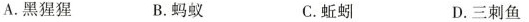
A.黑猩猩 B.蚂蚁 C.蚯蚓 D.三刺鱼